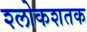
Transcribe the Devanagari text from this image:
श्लोकशतक